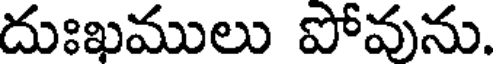
దుఃఖములు పోవును.